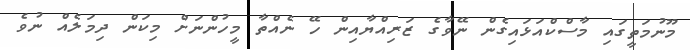
މޫނުމަތީގައި މާސްކްއަޅައިގެން ނޭވާގެ ޒަރިއްޔާއިން ހޭ ނެއްތާ މީހުންނަށް މިކަން ދިމަލެއް ނުވެ